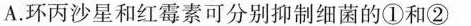
A.环丙沙星和红霉素可分别抑制细菌的①和②